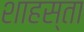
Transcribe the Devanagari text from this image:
शाहस्ता